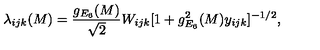
\lambda _ { i j k } ( M ) = \frac { g _ { E _ { 6 } } ( M ) } { \sqrt { 2 } } W _ { i j k } [ 1 + g _ { E _ { 6 } } ^ { 2 } ( M ) y _ { i j k } ] ^ { - 1 / 2 } ,